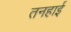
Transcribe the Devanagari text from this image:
तनहाई